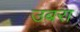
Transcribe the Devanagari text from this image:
उबरा